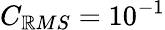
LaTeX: C_{\mathbb{R}MS}=10^{-1}